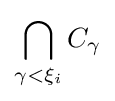
\bigcap _{\gamma <\xi _{i}}C_{\gamma }